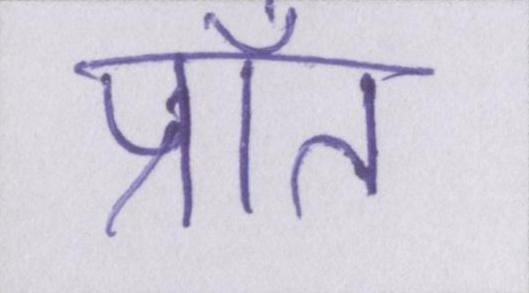
प्राँत